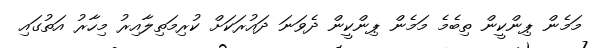
މަމެން ޕިންކީން ތިބެމެ މަމެން ޕިންކީން ދެވަނަ ދައުރަކަށް ކުރިމަތިލާއިރު މިހާރު އަތުގައި